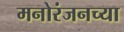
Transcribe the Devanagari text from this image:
मनोरंजनच्या